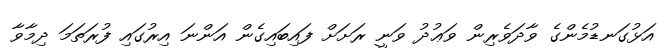
އަޅުގަނޑުމެންގެ ވާދަވެރިން ވަޢުދު ވަނީ ރަށަށް ފައިބައިގެން އަންނަ އިރުގައި ފުރަތަމަ ދިމާވާ